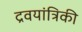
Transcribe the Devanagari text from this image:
द्रवयांत्रिकी